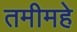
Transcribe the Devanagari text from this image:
तमीमहे